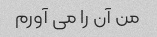
من آن را می آورم